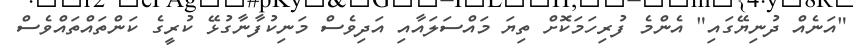
"އަނެއް ދުނިޔޭގައި" އެންމެ ފުރިހަމަކޮށް ތިޔަ މައްސަލައާއި އަދިވެސް މަނިކުފާނާގުޅޭ ކުރީގެ ކަންތައްތައްވެސް